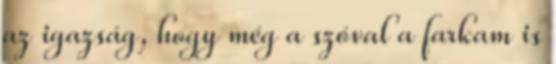
az igazság, hogy még a szóval a farkam is